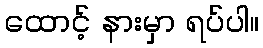
ထောင့် နားမှာ ရပ်ပါ။